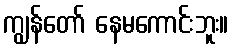
ကျွန်တော် နေမကောင်းဘူး။